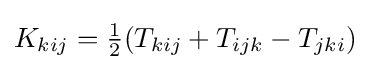
K_{kij}={\tfrac {1}{2}}(T_{kij}+T_{ijk}-T_{jki})